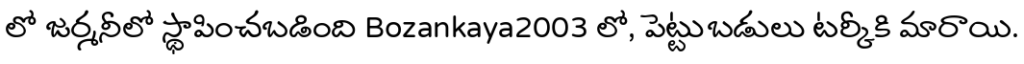
లో జర్మనీలో స్థాపించబడింది Bozankaya2003 లో, పెట్టుబడులు టర్కీకి మారాయి.